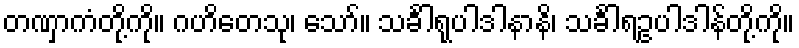
တဏှာကံတို့ကို။ ဂဟိတေသု၊ သော်။ သင်္ခါရုပါဒါနာနိ၊ သင်္ခါရဥပါဒါန်တို့ကို။